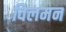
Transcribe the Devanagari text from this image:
विलमन